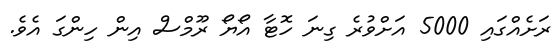
ރަށެއްގައި 5000 އަށްވުރެ ގިނަ ހޮޓާ އޯޔޯ ރޫމްސް އިން ހިންގަ އެވެ.